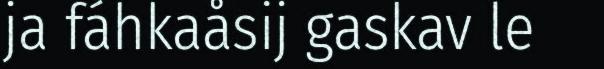
ja fáhkaåsij gaskav le